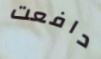
دافعت